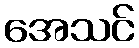
အေသင်